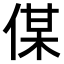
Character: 𠋦